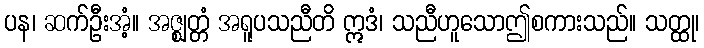
ပန၊ ဆက်ဦးအံ့။ အဇ္ဈတ္တံ အရူပသညီတိ ဣဒံ၊ သညီဟူသောဤစကားသည်။ သတ္ထု၊